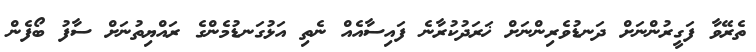
ތެރޭވާ ފަގީރުންނަށް ދަނޑުވެރިންނަށް ޚަރަދުކުރާނެ ފައިސާއެއް ނެތި އަޅުގަނޑުމެންގެ ރައްޔިތުނަށް ސާފު ބޯފެން